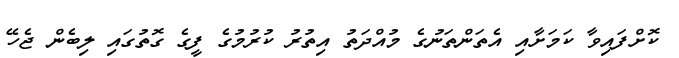
ކޮށްފައިވާ ކަމަށާއި އެތަންތަނުގެ މުއްދަތު އިތުރު ކުރުމުގެ ފީގެ ގޮތުގައި ލިބެން ޖެހޭ